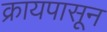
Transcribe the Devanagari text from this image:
क्रायपासून